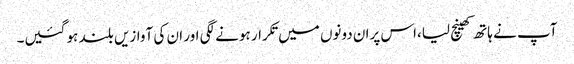
آپ نے ہاتھ کھینچ لیا،اس پران دونوں میں تکرار ہونے لگی اور ان کی آوازیں بلند ہو گئیں۔